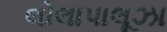
લોલાપાલૂઝા